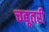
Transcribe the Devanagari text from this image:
चबूतरी